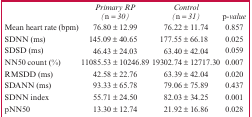
<table><thead><tr><td></td><td><b>Primary RP (n = 30)</b></td><td><b>Control (n = 31)</b></td><td><b>p-value</b></td></tr></thead><tbody><tr><td>Mean heart rate (bpm)</td><td>76.80 ± 12.99</td><td>76.22 ± 11.74</td><td>0.857</td></tr><tr><td>SDNN (ms)</td><td>145.09 ± 40.65</td><td>177.55 ± 66.18</td><td>0.025</td></tr><tr><td>SDSD (ms)</td><td>46.43 ± 24.03</td><td>63.40 ± 42.04</td><td>0.059</td></tr><tr><td>NN50 count (%)</td><td>11085.53 ± 10246.89</td><td>19302.74 ± 12717.30</td><td>0.007</td></tr><tr><td>RMSDD (ms)</td><td>42.58 ± 22.76</td><td>63.39 ± 42.04</td><td>0.020</td></tr><tr><td>SDANN (ms)</td><td>93.33 ± 65.78</td><td>79.06 ± 75.89</td><td>0.437</td></tr><tr><td>SDNN index</td><td>55.71 ± 24.50</td><td>82.03 ± 34.25</td><td>0.001</td></tr><tr><td>pNN50</td><td>13.30 ± 12.74</td><td>21.92 ± 16.86</td><td>0.028</td></tr></tbody></table>